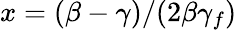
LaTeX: x=(\beta-\gamma)/(2\beta\gamma_{f})